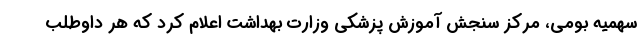
سهمیه بومی، مرکز سنجش آموزش پزشکی وزارت بهداشت اعلام کرد که هر داوطلب